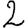
Digit: 2